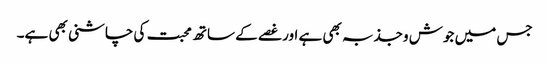
جس میں جوش وجذبہ بھی ہے اور غصے کے ساتھ محبت کی چاشنی بھی ہے۔